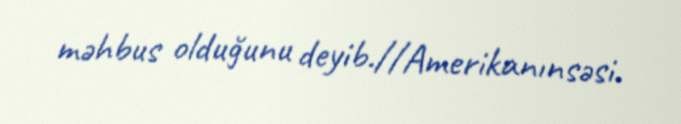
məhbus olduğunu deyib.//Amerikanınsəsi.